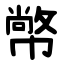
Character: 幤